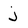
Character: j